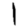
Digit: 1